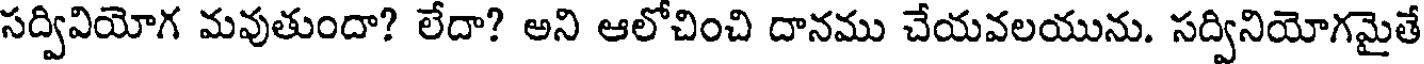
సద్వివియోగ మవుతుందా? లేదా? అని ఆలోచించి దానము చేయవలయును. సద్వినియోగమైతే